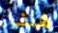
هنا